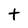
Character: t